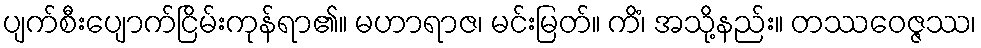
ပျက်စီးပျောက်ငြိမ်းကုန်ရာ၏။ မဟာရာဇ၊ မင်းမြတ်။ ကိံ၊ အသို့နည်း။ တဿဝေဇ္ဇဿ၊